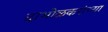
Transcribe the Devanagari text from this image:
दाभोळकरांच्या